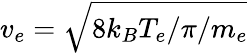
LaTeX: v_{e}=\sqrt{8k_{B}T_{e}/\pi/m_{e}}